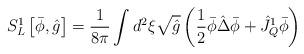
LaTeX: \begin{align*}{S_L^{1}}\left[\bar{\phi},\hat{g}\right]={1\over{8\pi}}\int{d^2}\xi\sqrt{\hat{g}}\left({1\over{2}}\bar{\phi}\hat{\Delta}\bar{\phi}+{\hat{J}_Q^1}\bar{\phi}\right)\end{align*}